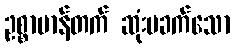
ဥစ္စာမာန်တက် ဆုံးမခက်သော